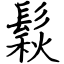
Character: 鬏